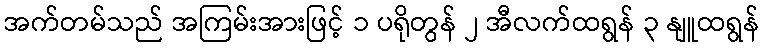
အက်တမ်သည် အကြမ်းအားဖြင့် ၁ ပရိုတွန် ၂ အီလက်ထရွန် ၃ နျူထရွန်